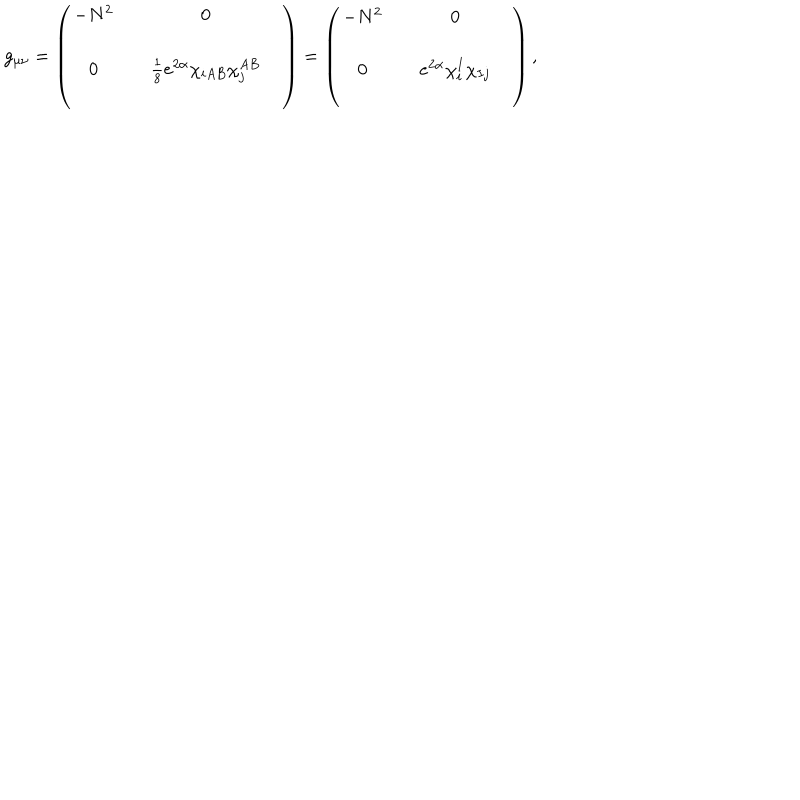
g _ { \mu \nu } = \left( \begin{array} { c c c c } { { - N ^ { 2 } } } & { { } } & { { 0 } } & { { } } \\ { { } } & { { } } & { { } } & { { } } \\ { { 0 } } & { { } } & { { \frac { 1 } { 8 } e ^ { 2 \alpha } \chi _ { i A B } \chi _ { j } ^ { A B } } } & { { } } \\ { { } } & { { } } & { { } } & { { } } \\ \end{array} \right) = \left( \begin{array} { c c c c } { { - N ^ { 2 } } } & { { } } & { { 0 } } & { { } } \\ { { } } & { { } } & { { } } & { { } } \\ { { 0 } } & { { } } & { { e ^ { 2 \alpha } \chi _ { i } ^ { I } \chi _ { I j } } } & { { } } \\ { { } } & { { } } & { { } } & { { } } \\ \end{array} \right) ,